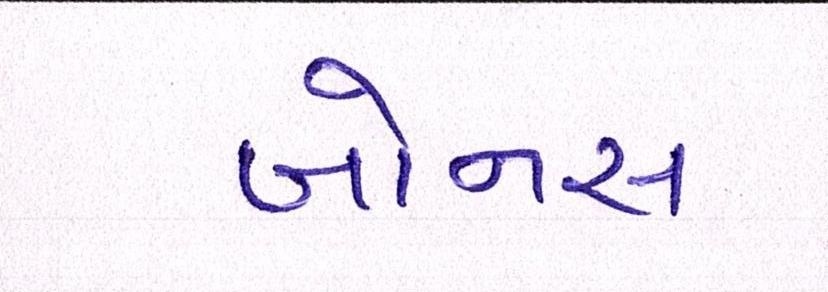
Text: બોનસ